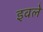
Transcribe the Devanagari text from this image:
इवले